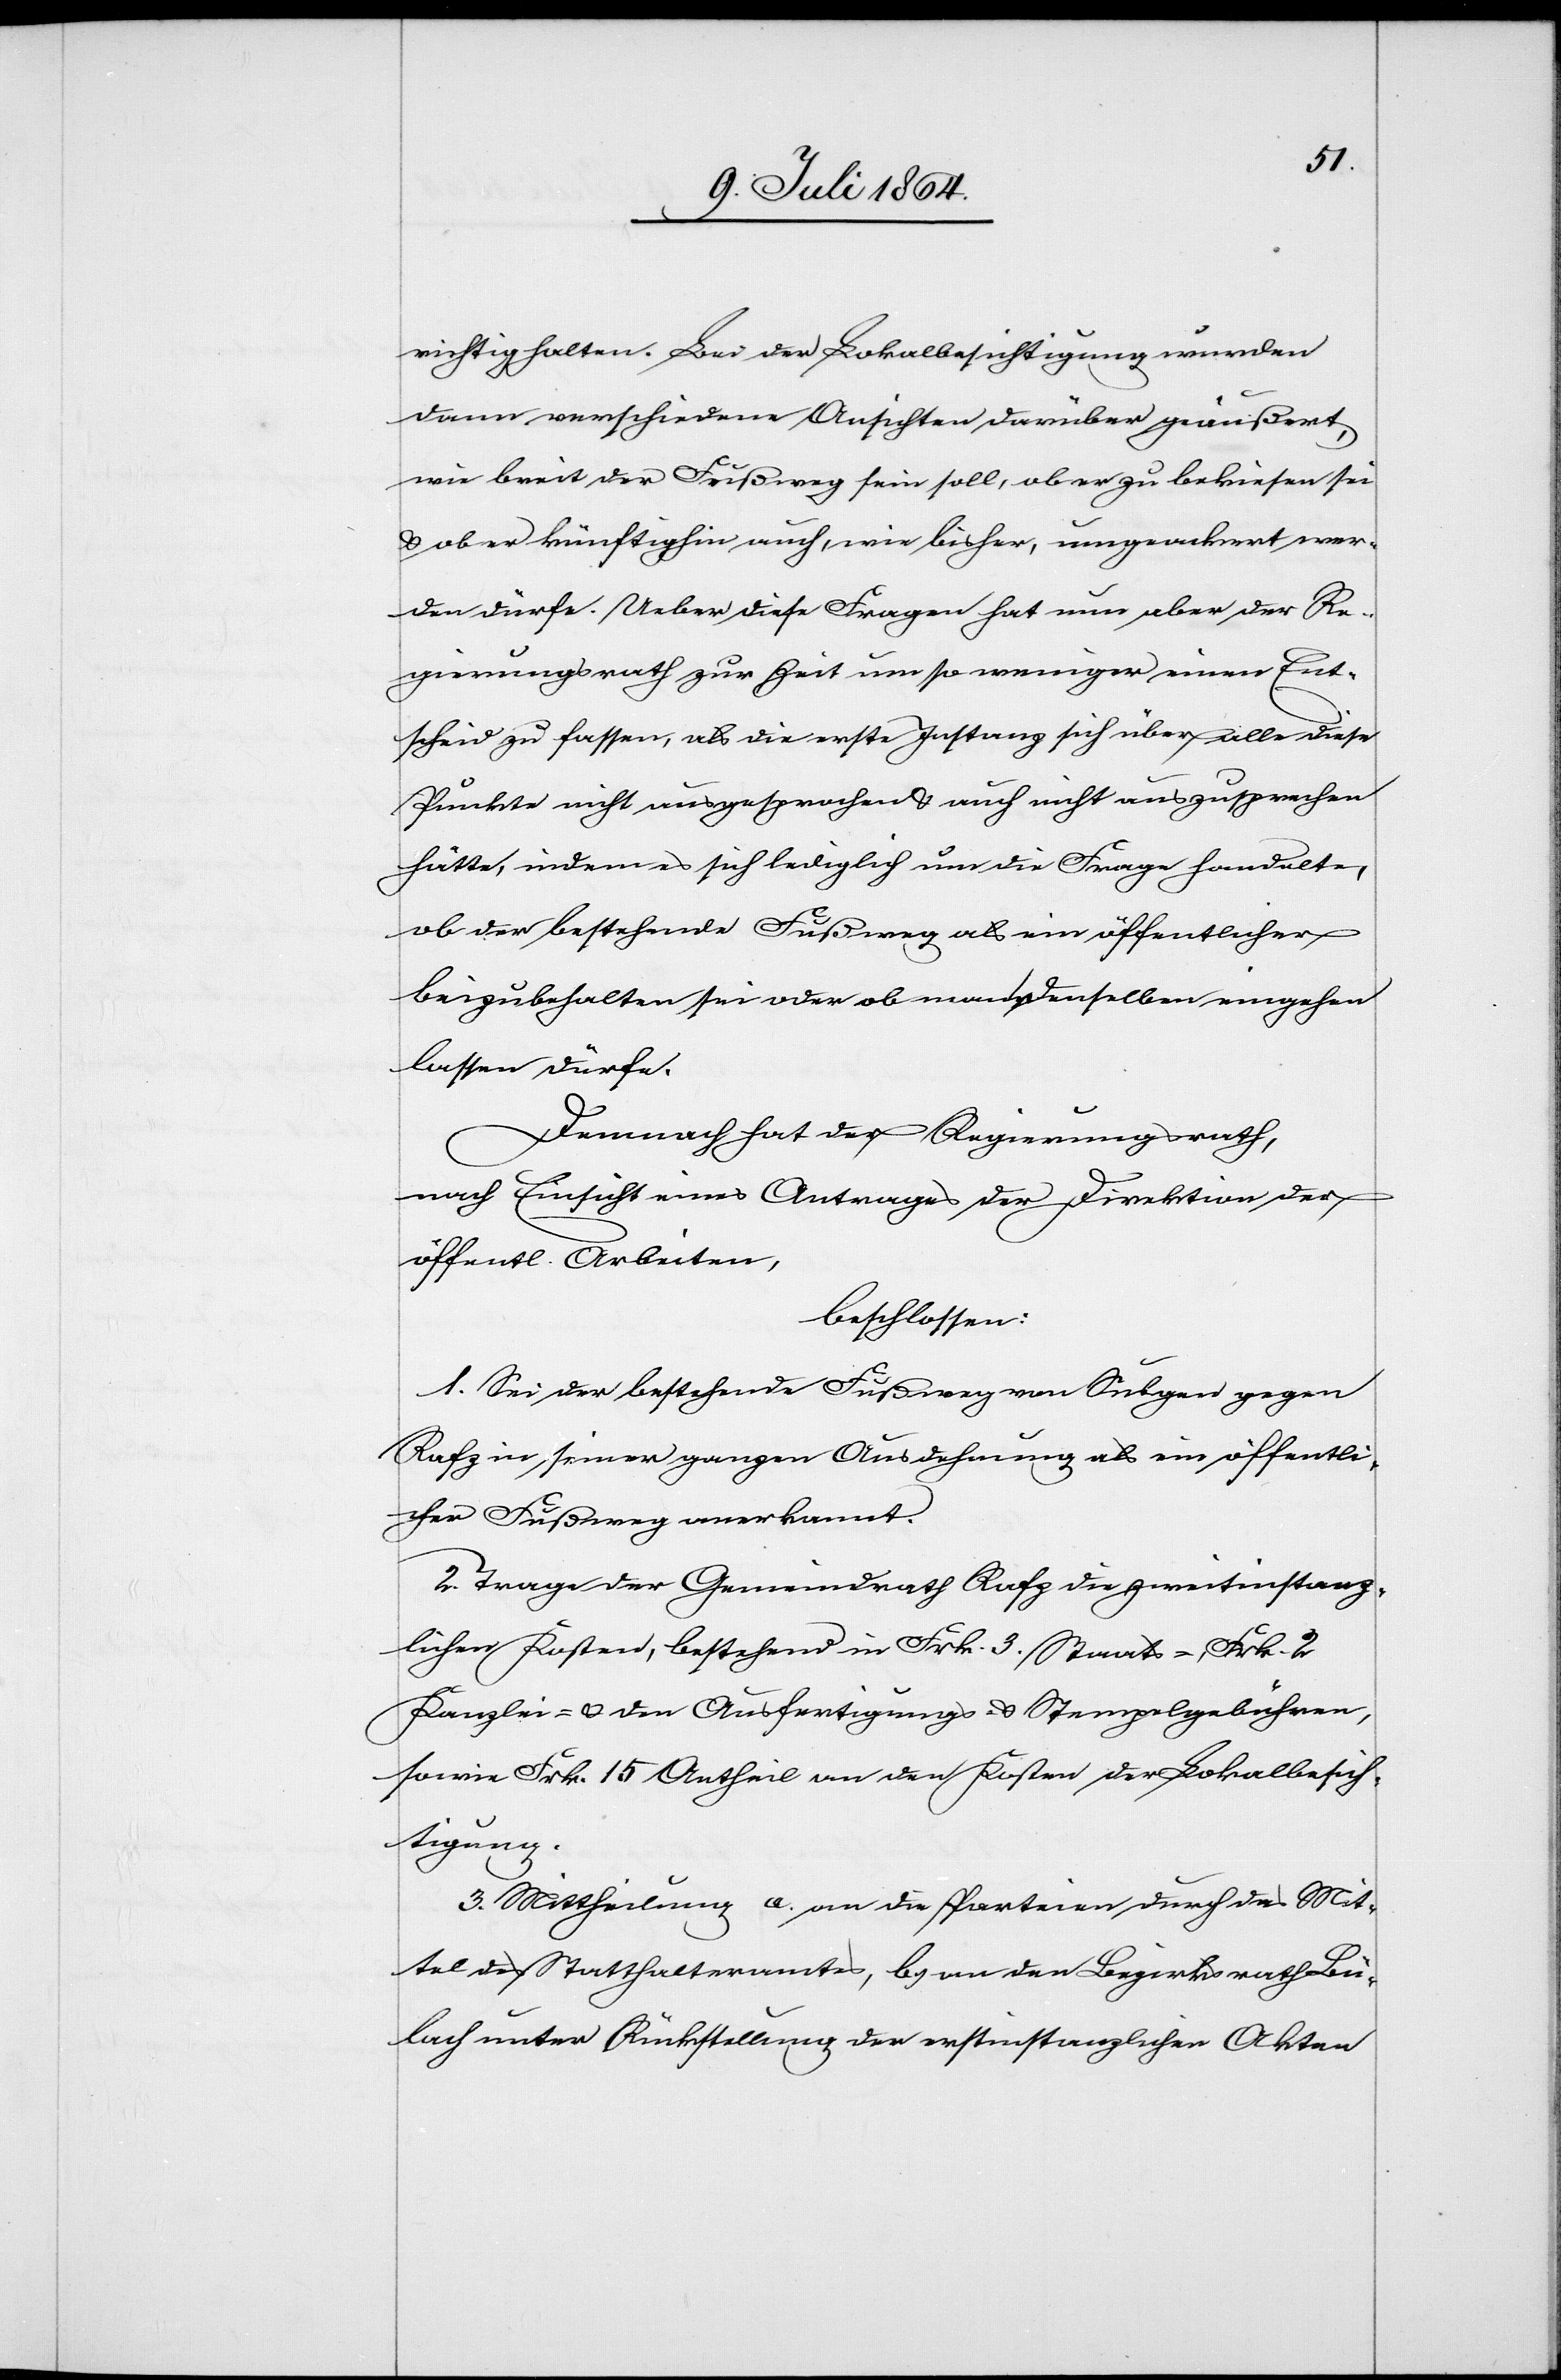
dann verschiedene Ansichten darüber geäußert,
wie breit der Fußweg sein soll, ob er zu bekiesen sei
u. ob er künftighin auch, wie bisher, umgeackert wer¬
den dürfe. Ueber diese Fragen hat nun aber der Re¬
gierungsrath zur Zeit um so weniger einen Ent¬
scheid zu fassen, als die erste Instanz sich über alle diese
Punkte nicht ausgesprochen u. auch nicht auszusprechen
hätte, indem es sich lediglich um die Frage handelte,
ob der bestehende Fußweg als ein öffentlicher
beizubehalten sei oder ob man denselben eingehen
lassen dürfe.
Demnach hat der Regierungsrath,
nach Einsicht eines Antrages der Direktion der
öffentl. Arbeiten,
beschlossen:
1. Sei der bestehende Fußweg von Sulgen gegen
Rafz in seiner ganzen Ausdehnung als ein öffentli¬
cher Fußweg anerkannt.
2. Trage der Gemeindrath Rafz die zweitinstanz¬
lichen Kosten, bestehend in Frk. 3. Staats-, Frk. 2
Kanzlei- u. den Ausfertigungs- u. Stempelgebühren,
sowie Frk. 15 Antheil an den Kosten der Lokalbesich¬
tigung.
3. Mittheilung a.) an die Parteien durch das Mit¬
tel des Statthalteramtes, b.) an den Bezirksrath Bü¬
lach unter Rückstellung der erstinstanzlichen Akten